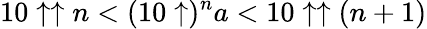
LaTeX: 10\uparrow\uparrow n<(10\uparrow)^{n}a<10\uparrow\uparrow(n+1)